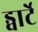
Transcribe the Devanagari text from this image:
ड्वार्टे